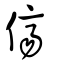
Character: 儕